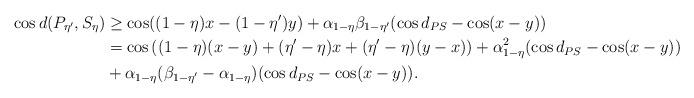
LaTeX: \begin{align*}\cos d({P_{\eta'}}, S_{\eta}) &\ge \cos ((1-\eta)x- (1-\eta')y) + \alpha_{1-\eta} \beta_{1-\eta'} (\cos d_{PS} - \cos (x-y))\\&= \cos \left((1-\eta) (x-y) + (\eta' - \eta)x + (\eta'-\eta)(y-x)\right) + \alpha_{1-\eta}^2 (\cos d_{PS} - \cos (x-y))\\&+ \alpha_{1-\eta} (\beta_{1-\eta'}-\alpha_{1-\eta})(\cos d_{PS} - \cos (x-y)).\end{align*}